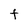
Character: t